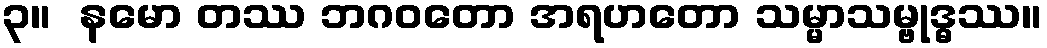
၃။  နမော တဿ ဘဂဝတော အရဟတော သမ္မာသမ္ဗုဒ္ဓဿ။